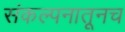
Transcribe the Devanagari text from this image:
संकल्पनातूनच